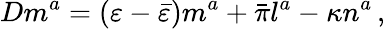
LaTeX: Dm^{a}=(\varepsilon-{\bar{\varepsilon}})m^{a}+{\bar{\pi}}l^{a}-\kappa n^{a}\, ,